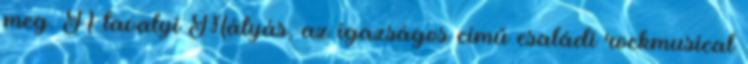
meg. A tavalyi Mátyás, az igazságos című családi rockmusical